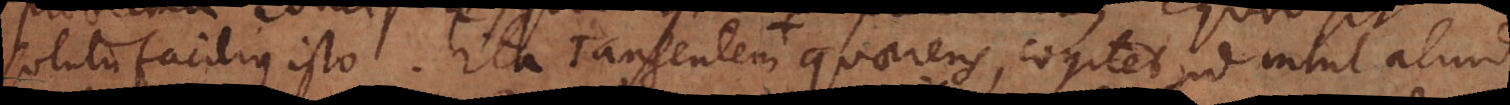
solutu facilius isto. Ita Tangentem + quaerens, cogitet id nihil aliud